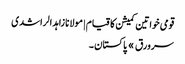
قومی خواتین کمیشن کا قیام | مولانا زاہد الراشدی
سرورق » پاکستان ۔